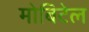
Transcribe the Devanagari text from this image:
मोबिटेल